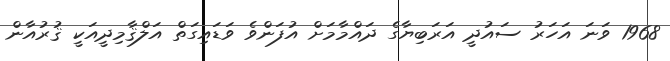
1968 ވަނަ އަހަރު ސައުދީ އަރަބިޔާގެ ދައްމާމަށް އުފަންވެ ވަޑައިގަތް އަލްޤާމިދީއަކީ ޤުރުއާން